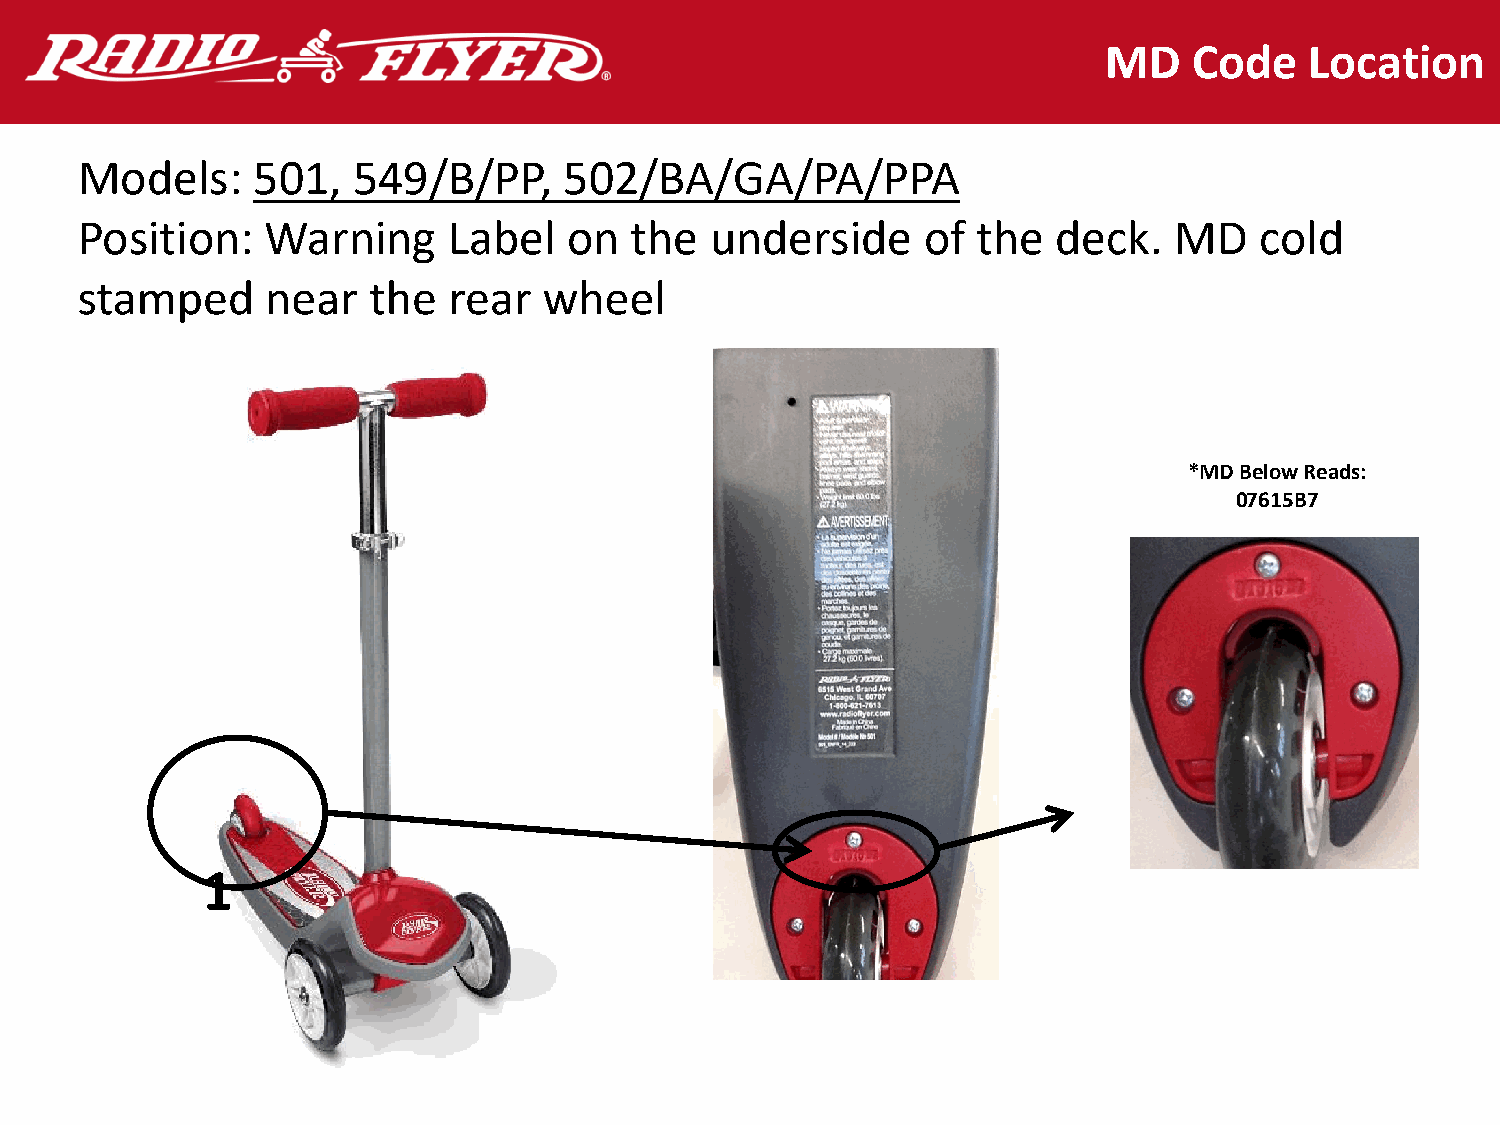
MD    Code    Location
 Models:     501,  549/B/PP,     502/BA/GA/PA/PPA
 Position:    Warning     Label   on  the  underside     of  the  deck.   MD   cold
 stamped      near  the   rear  wheel
 *MD Below Reads:
 07615B7
 1